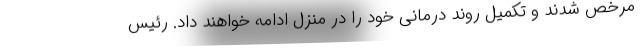
مرخص شدند و تکمیل روند درمانی خود را در منزل ادامه خواهند داد. رئیس